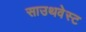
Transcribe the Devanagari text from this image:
साउथवेस्‍ट